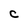
Character: C